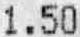
1.50